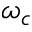
\omega _ { c }